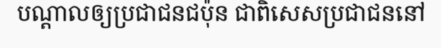
បណ្តាលឲ្យប្រជាជនជប៉ុន ជាពិសេសប្រជាជននៅ